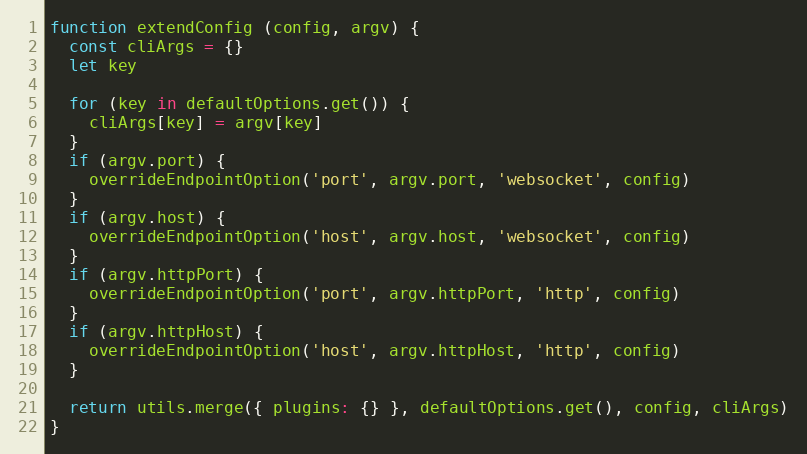
Language: JavaScript
function extendConfig (config, argv) {
  const cliArgs = {}
  let key

  for (key in defaultOptions.get()) {
    cliArgs[key] = argv[key]
  }
  if (argv.port) {
    overrideEndpointOption('port', argv.port, 'websocket', config)
  }
  if (argv.host) {
    overrideEndpointOption('host', argv.host, 'websocket', config)
  }
  if (argv.httpPort) {
    overrideEndpointOption('port', argv.httpPort, 'http', config)
  }
  if (argv.httpHost) {
    overrideEndpointOption('host', argv.httpHost, 'http', config)
  }

  return utils.merge({ plugins: {} }, defaultOptions.get(), config, cliArgs)
}